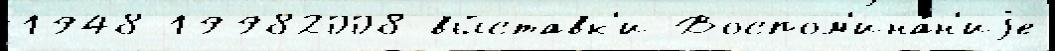
1948 19982008 вы́ставк'и Воспом'ина́н'иjе